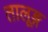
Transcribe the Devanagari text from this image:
तालूङ्ग